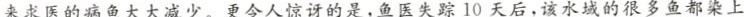
来求医的病鱼大大减少。更令人惊讶的是，鱼医失踪10天后，该水域的很多鱼都染上